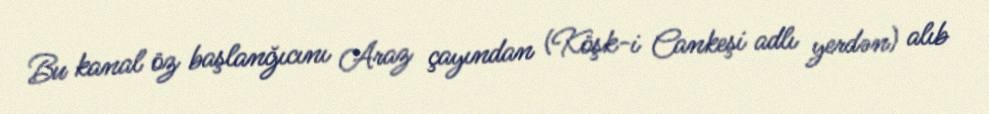
Bu kanal öz başlanğıcını Araz çayından (Köşk-i Cankeşi adlı yerdən) alıb